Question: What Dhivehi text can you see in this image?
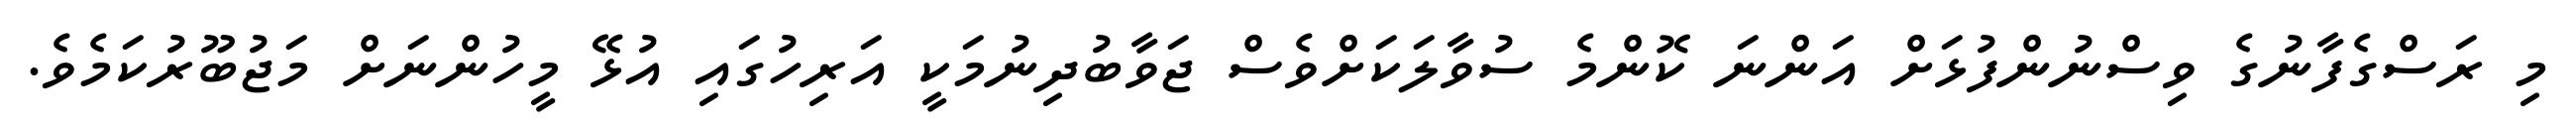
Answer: މި ރަސްގެފާނުގެ ވިސްނުންފުޅަށް އަންނަ ކޮންމެ ސުވާލަކަށްވެސް ޖަވާބުދިނުމަކީ އަރިހުގައި އުޅޭ މީހުންނަށް މަޖުބޫރުކަމެވެ.